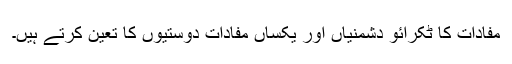
مفادات کا ٹکرائو دشمنیاں اور یکساں مفادات دوستیوں کا تعین کرتے ہیں۔